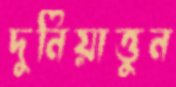
দুনিয়াত্তুন